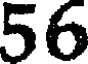
56